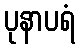
ပုနာပရံ